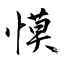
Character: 慔